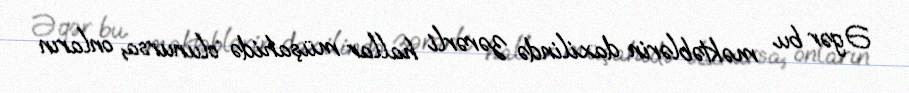
Əgər bu məktəblərin daxilində zərərli hallar müşahidə olunursa, onların